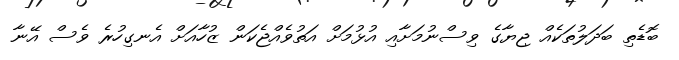
ބޮޑެތި ބަދަލުތަކެއް ޖިޔާގެ ވިސްނުމަށާއި އުޅުމަށް އަތުވެއްޖެކަން ޒުހާއަށް އެނގިހުރެ ވެސް އޭނާ